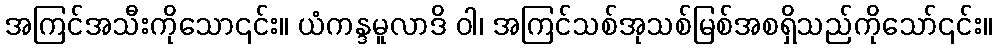
အကြင်အသီးကိုသော၎င်း။ ယံကန္ဒမူလာဒိ ဝါ၊ အကြင်သစ်အုသစ်မြစ်အစရှိသည်ကိုသော်၎င်း။